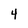
Character: 4